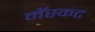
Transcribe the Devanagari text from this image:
मॅस्कट